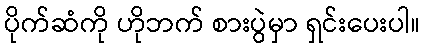
ပိုက်ဆံကို ဟိုဘက် စားပွဲမှာ ရှင်းပေးပါ။